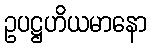
ဥပဋ္ဌဟိယမာနော